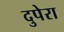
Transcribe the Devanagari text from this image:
दुपेरा